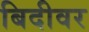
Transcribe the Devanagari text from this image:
बिदीवर